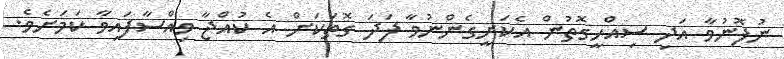
ނުފޮނުވާ އަދި ސިއްހީގޮތުން އެކަށީގެންނުވާ ފަދަ ގޮތަކަށް އެ ކުއްޖާ ވިއްސާފައިވާ ކަމަށެވެ.